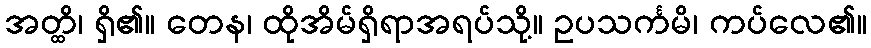
အတ္ထိ၊ ရှိ၏။ တေန၊ ထိုအိမ်ရှိရာအရပ်သို့။ ဥပသင်္ကမိ၊ ကပ်လေ၏။